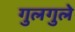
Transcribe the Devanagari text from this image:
गुलगुले